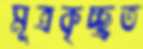
মূত্রকৃচ্ছ্রত